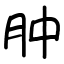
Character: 肿